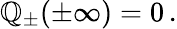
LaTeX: {\cal\mathbb{Q}}_{\pm}(\pm\infty)=0\, .